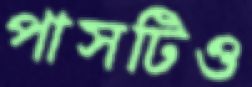
পাসটিও